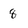
Character: 8